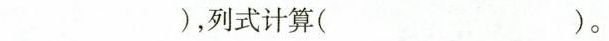
)，列式计算( )